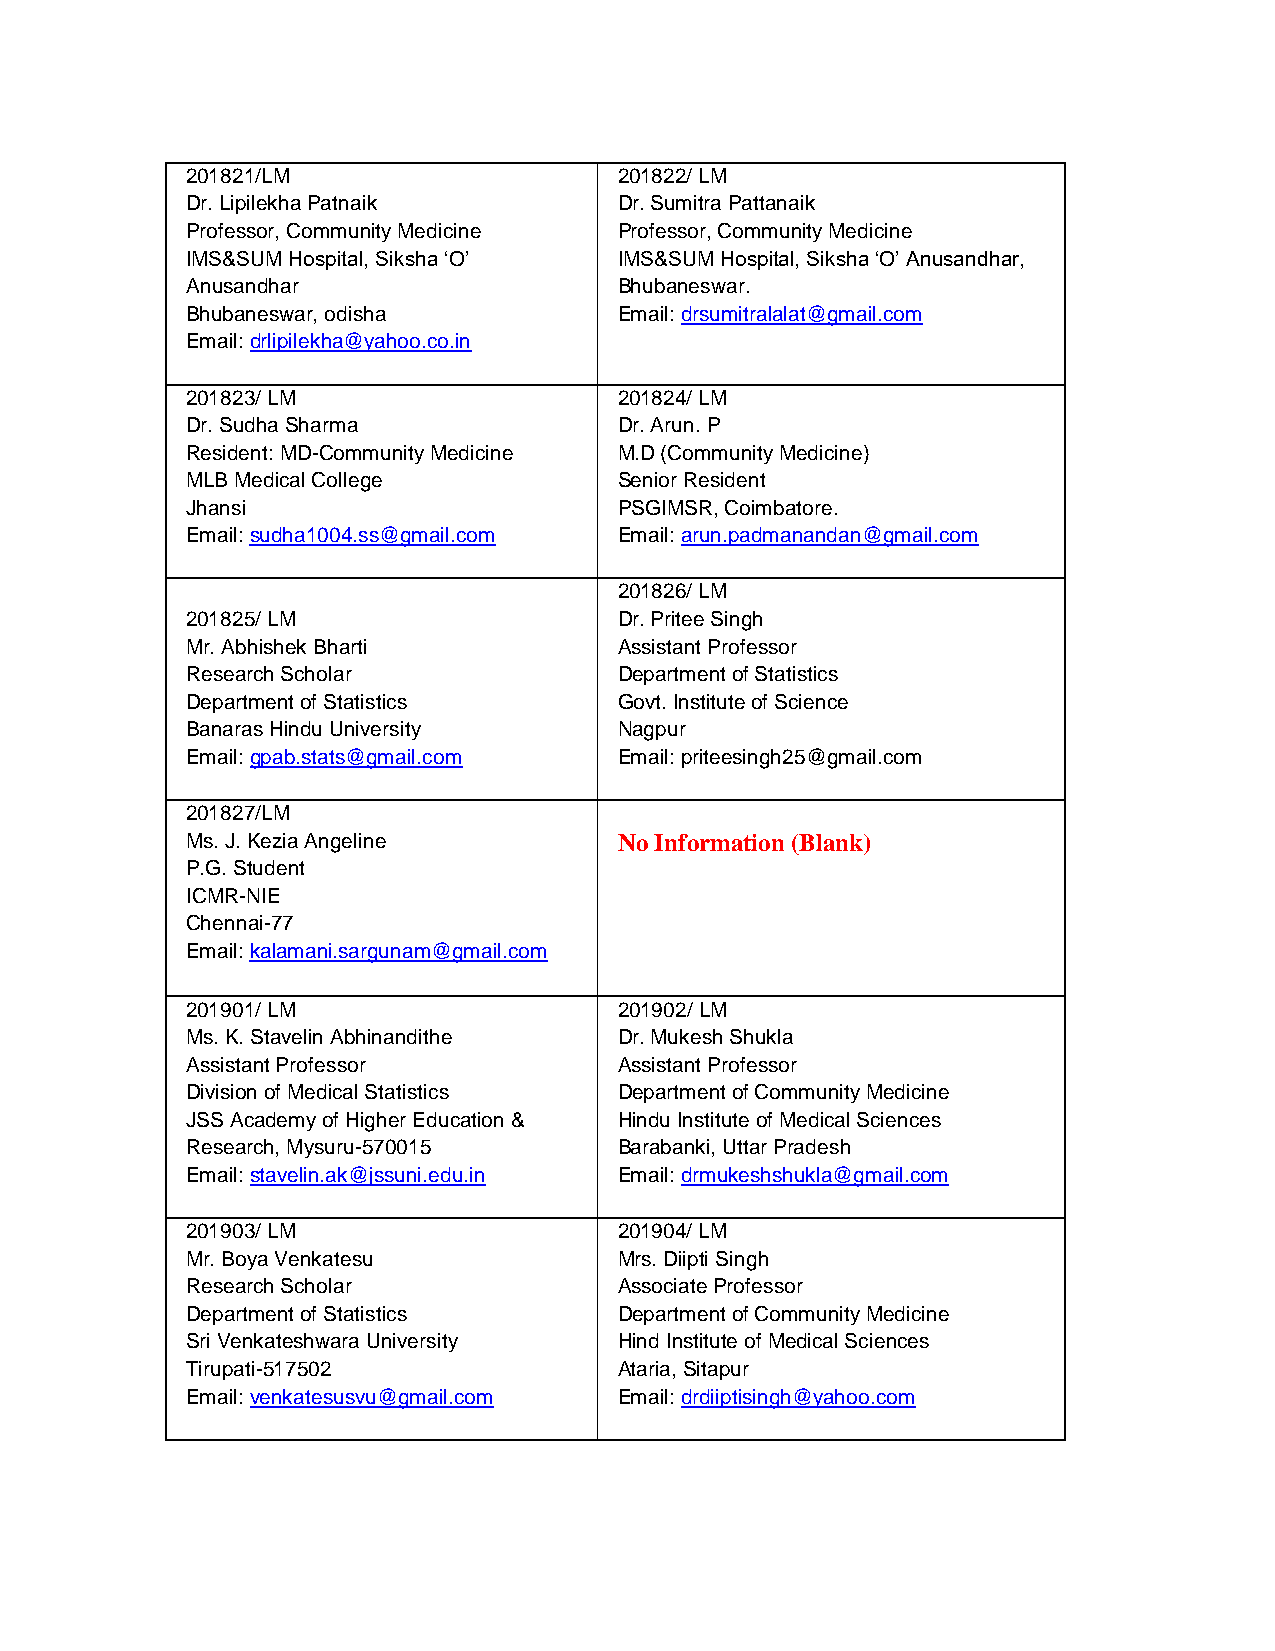
201821/LM                    201822/ LM
 Dr. Lipilekha Patnaik        Dr. Sumitra Pattanaik
 Professor, Community Medicine Professor, Community Medicine
 IMS&SUM Hospital, Siksha ‘O’ IMS&SUM Hospital, Siksha ‘O’ Anusandhar,
 Anusandhar                   Bhubaneswar.
 Bhubaneswar, odisha          Email: drsumitralalat@gmail.com
 Email: drlipilekha@yahoo.co.in
 201823/ LM                   201824/ LM
 Dr. Sudha Sharma             Dr. Arun. P
 Resident: MD-Community Medicine M.D (Community Medicine)
 MLB Medical College          Senior Resident
 Jhansi                       PSGIMSR, Coimbatore.
 Email: sudha1004.ss@gmail.com Email: arun.padmanandan@gmail.com
 201826/ LM
 201825/ LM                   Dr. Pritee Singh
 Mr. Abhishek Bharti          Assistant Professor
 Research Scholar             Department of Statistics
 Department of Statistics     Govt. Institute of Science
 Banaras Hindu University     Nagpur
 Email: gpab.stats@gmail.com  Email: priteesingh25@gmail.com
 201827/LM
 Ms. J. Kezia Angeline        No Information (Blank)
 P.G. Student
 ICMR-NIE
 Chennai-77
 Email: kalamani.sargunam@gmail.com
 201901/ LM                   201902/ LM
 Ms. K. Stavelin Abhinandithe Dr. Mukesh Shukla
 Assistant Professor          Assistant Professor
 Division of Medical Statistics Department of Community Medicine
 JSS Academy of Higher Education & Hindu Institute of Medical Sciences
 Research, Mysuru-570015      Barabanki, Uttar Pradesh
 Email: stavelin.ak@jssuni.edu.in Email: drmukeshshukla@gmail.com
 201903/ LM                   201904/ LM
 Mr. Boya Venkatesu           Mrs. Diipti Singh
 Research Scholar             Associate Professor
 Department of Statistics     Department of Community Medicine
 Sri Venkateshwara University Hind Institute of Medical Sciences
 Tirupati-517502              Ataria, Sitapur
 Email: venkatesusvu@gmail.com Email: drdiiptisingh@yahoo.com